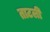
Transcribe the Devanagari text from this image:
ताटली